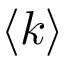
\langle k \rangle